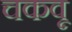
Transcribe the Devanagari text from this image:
चकवू